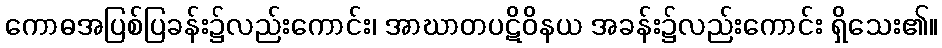
ကောဓအပြစ်ပြခန်း၌လည်းကောင်း၊ အာဃာတပဋိဝိနယ အခန်း၌လည်းကောင်း ရှိသေး၏။